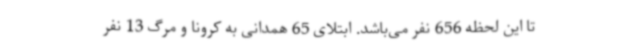
تا این لحظه 656 نفر می‌باشد. ابتلای 65 همدانی به کرونا و مرگ 13 نفر